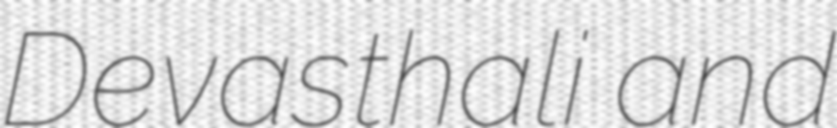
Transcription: Devasthali and